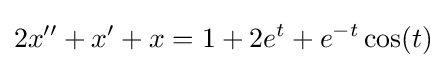
2x''+x'+x=1+2e^{t}+e^{-t}\cos(t)